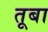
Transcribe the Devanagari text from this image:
तूबा